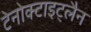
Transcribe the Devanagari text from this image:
टेनोक्टाइट्लैन